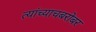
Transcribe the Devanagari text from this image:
त्यांच्याचबरोबर